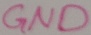
Text: GND